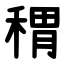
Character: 稩